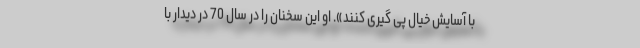
با آسایش خیال پی گیری کنند». او این سخنان را در سال 70 در دیدار با